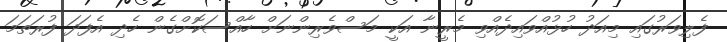
ފެލިވަރުގައި މިއަދު ހުޅުއްވައިދެއްވި މެރީނާ އަކީ މަސްވެރިންނަށް ހާއްސަކޮށްގެން ހެދި އެފަދަ ފުރަތަމަ